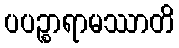
ပပဉ္စာရာမဿာတိ